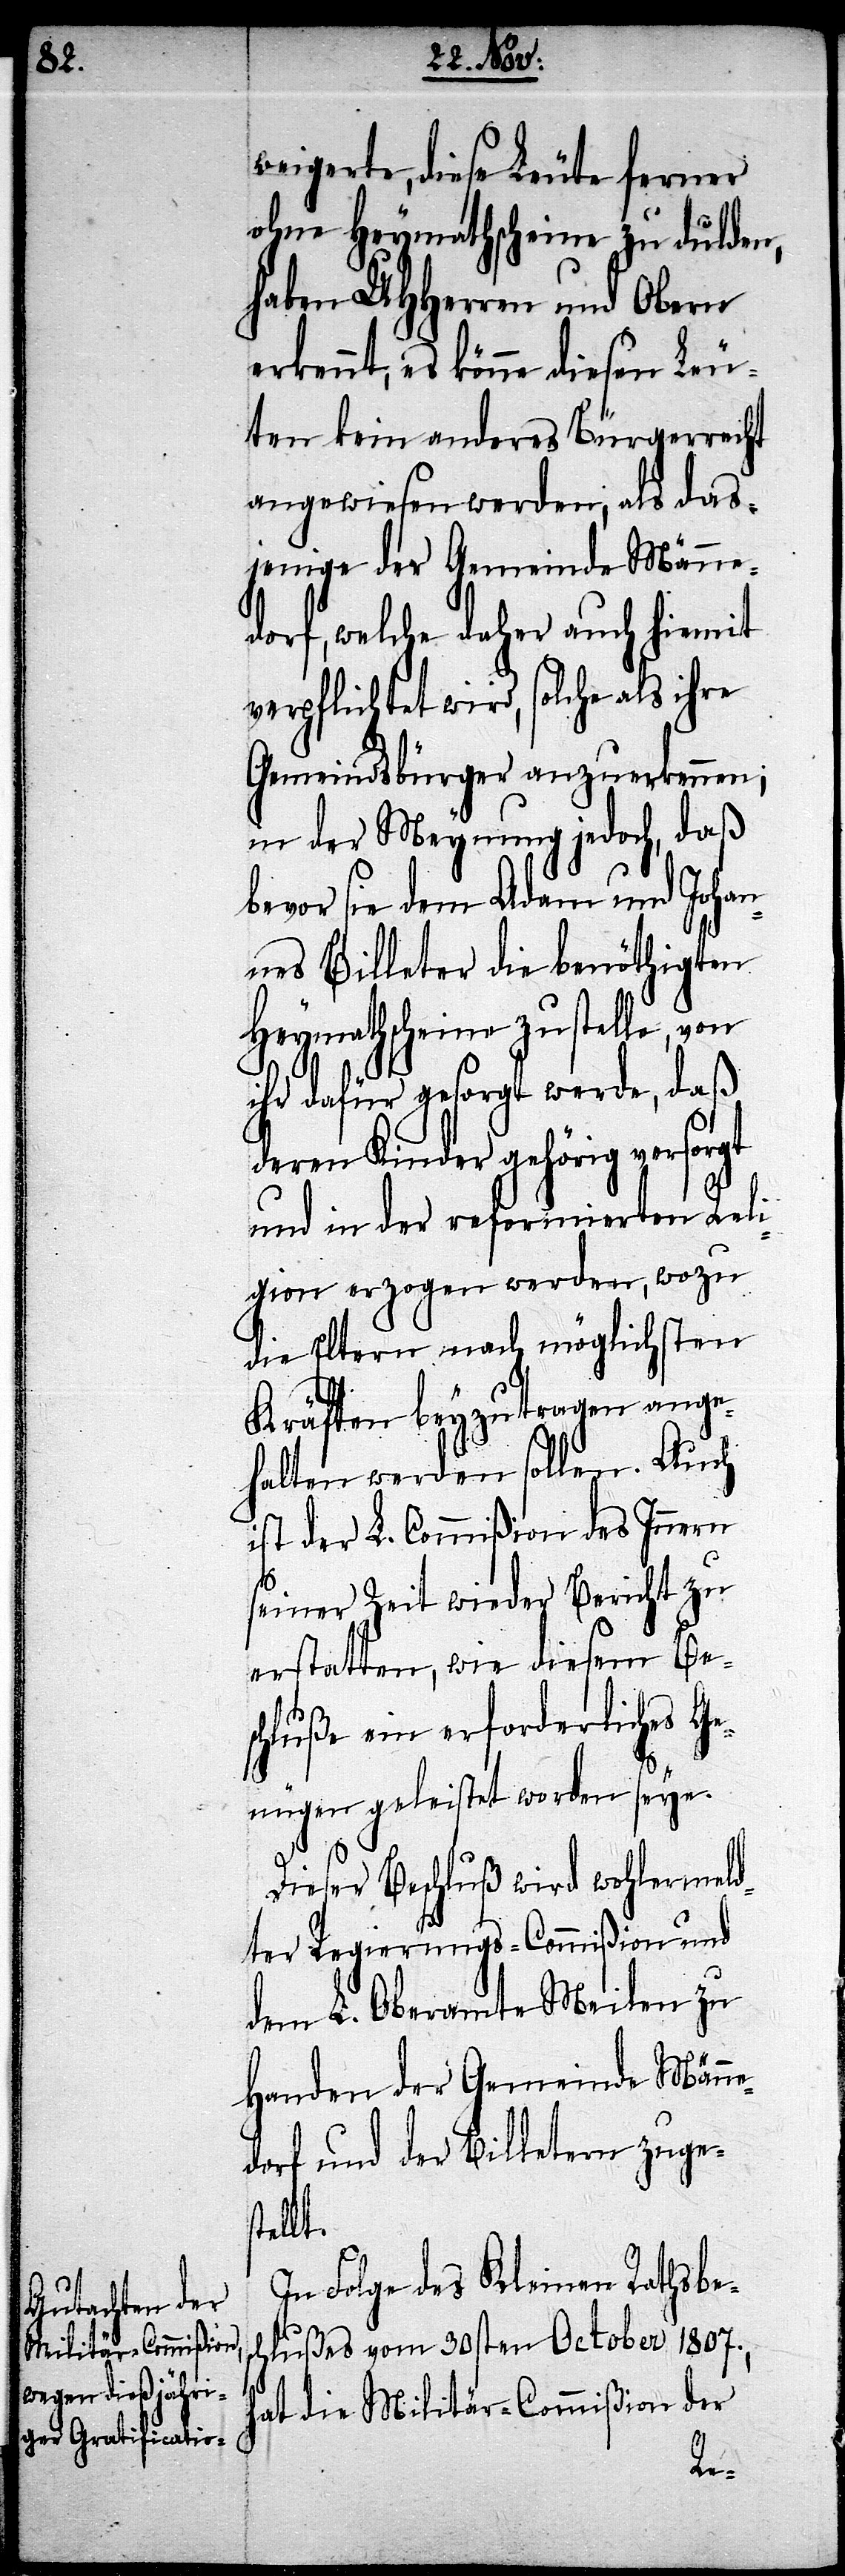
weigerte, diese Leute ferner
ohne Heymathscheine zu dulden,
haben UHHerren und Obern
erkennt, es könne diesen Leu¬
ten kein anderes Bürgerrecht
angewiesen werden, als das¬
jenige der Gemeinde Männe¬
dorf, welche daher auch hiemit
verpflichtet wird, solche als ihre
Gemeindsbürger anzuerkennen;
in der Meynung jedoch, daß
bevor sie den Adam und Johan¬
nes Billeter die benöthigten
Heymathscheine zustelle, von
ihr dafür gesorgt werde, daß
deren Kinder gehörig versorgt
und in der reformierten Reli¬
gion erzogen werden, wozu
die Eltern nach möglichsten
Kräften beyzutragen ange¬
halten werden sollen. Auch
ist der L. Commißion des Innern
seiner Zeit wieder Bericht zu
erstatten, wie diesem Be¬
schluße ein erforderliches Ge¬
nügen geleistet worden seye.
Dieser Beschluß wird wohlermeld¬
ter Regierungs-Commißion und
dem L. Oberamte Meilen zu
Handen der Gemeinde Männe¬
dorf und der Billeter zuge¬
stellt.
In Folge des Kleinen Rathsbes¬
chlußes vom 30sten October 1807.,
hat die Militär-Commißion der